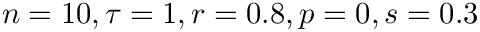
n = 1 0 , \tau = 1 , r = 0 . 8 , p = 0 , s = 0 . 3